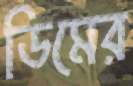
ডিমের